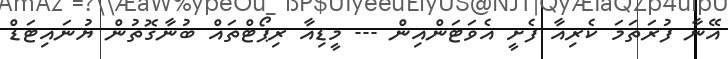
އޭނާ ފުރަތަމަ ކެރިއާ ފެށީ އެވަޓަންއިން --- މީޑިއާ ރިޕޯޓްތައް ބުނާގޮތުން ޔުނައިޓަޑް